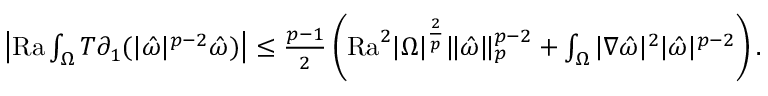
\begin{array} { r } { \left| \mathrm { { R a } } \int _ { \Omega } T \partial _ { 1 } ( | \hat { \omega } | ^ { p - 2 } \hat { \omega } ) \right| \leq \frac { p - 1 } { 2 } \left( { \mathrm { R a } } ^ { 2 } | \Omega | ^ { \frac { 2 } { p } } \| \hat { \omega } \| _ { p } ^ { p - 2 } + \int _ { \Omega } | \nabla \hat { \omega } | ^ { 2 } | \hat { \omega } | ^ { p - 2 } \right) . } \end{array}